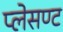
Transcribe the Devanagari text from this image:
प्लेसण्ट